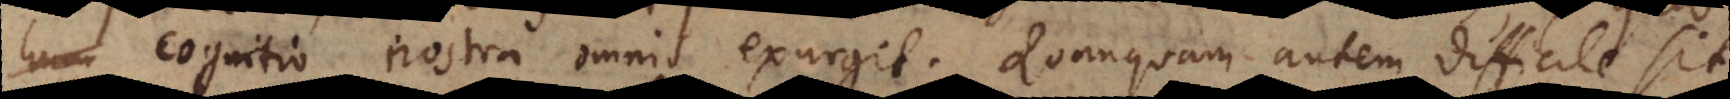
hum cognitio nostra omnis exurgit. Quanquam autem difficile sit,